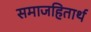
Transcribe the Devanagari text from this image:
समाजहितार्थ